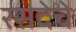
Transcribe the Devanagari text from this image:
रसदेचे